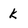
Character: k